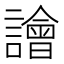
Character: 譮